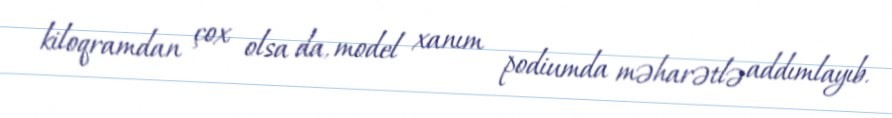
kiloqramdan çox olsa da, model xanım podiumda məharətlə addımlayıb.